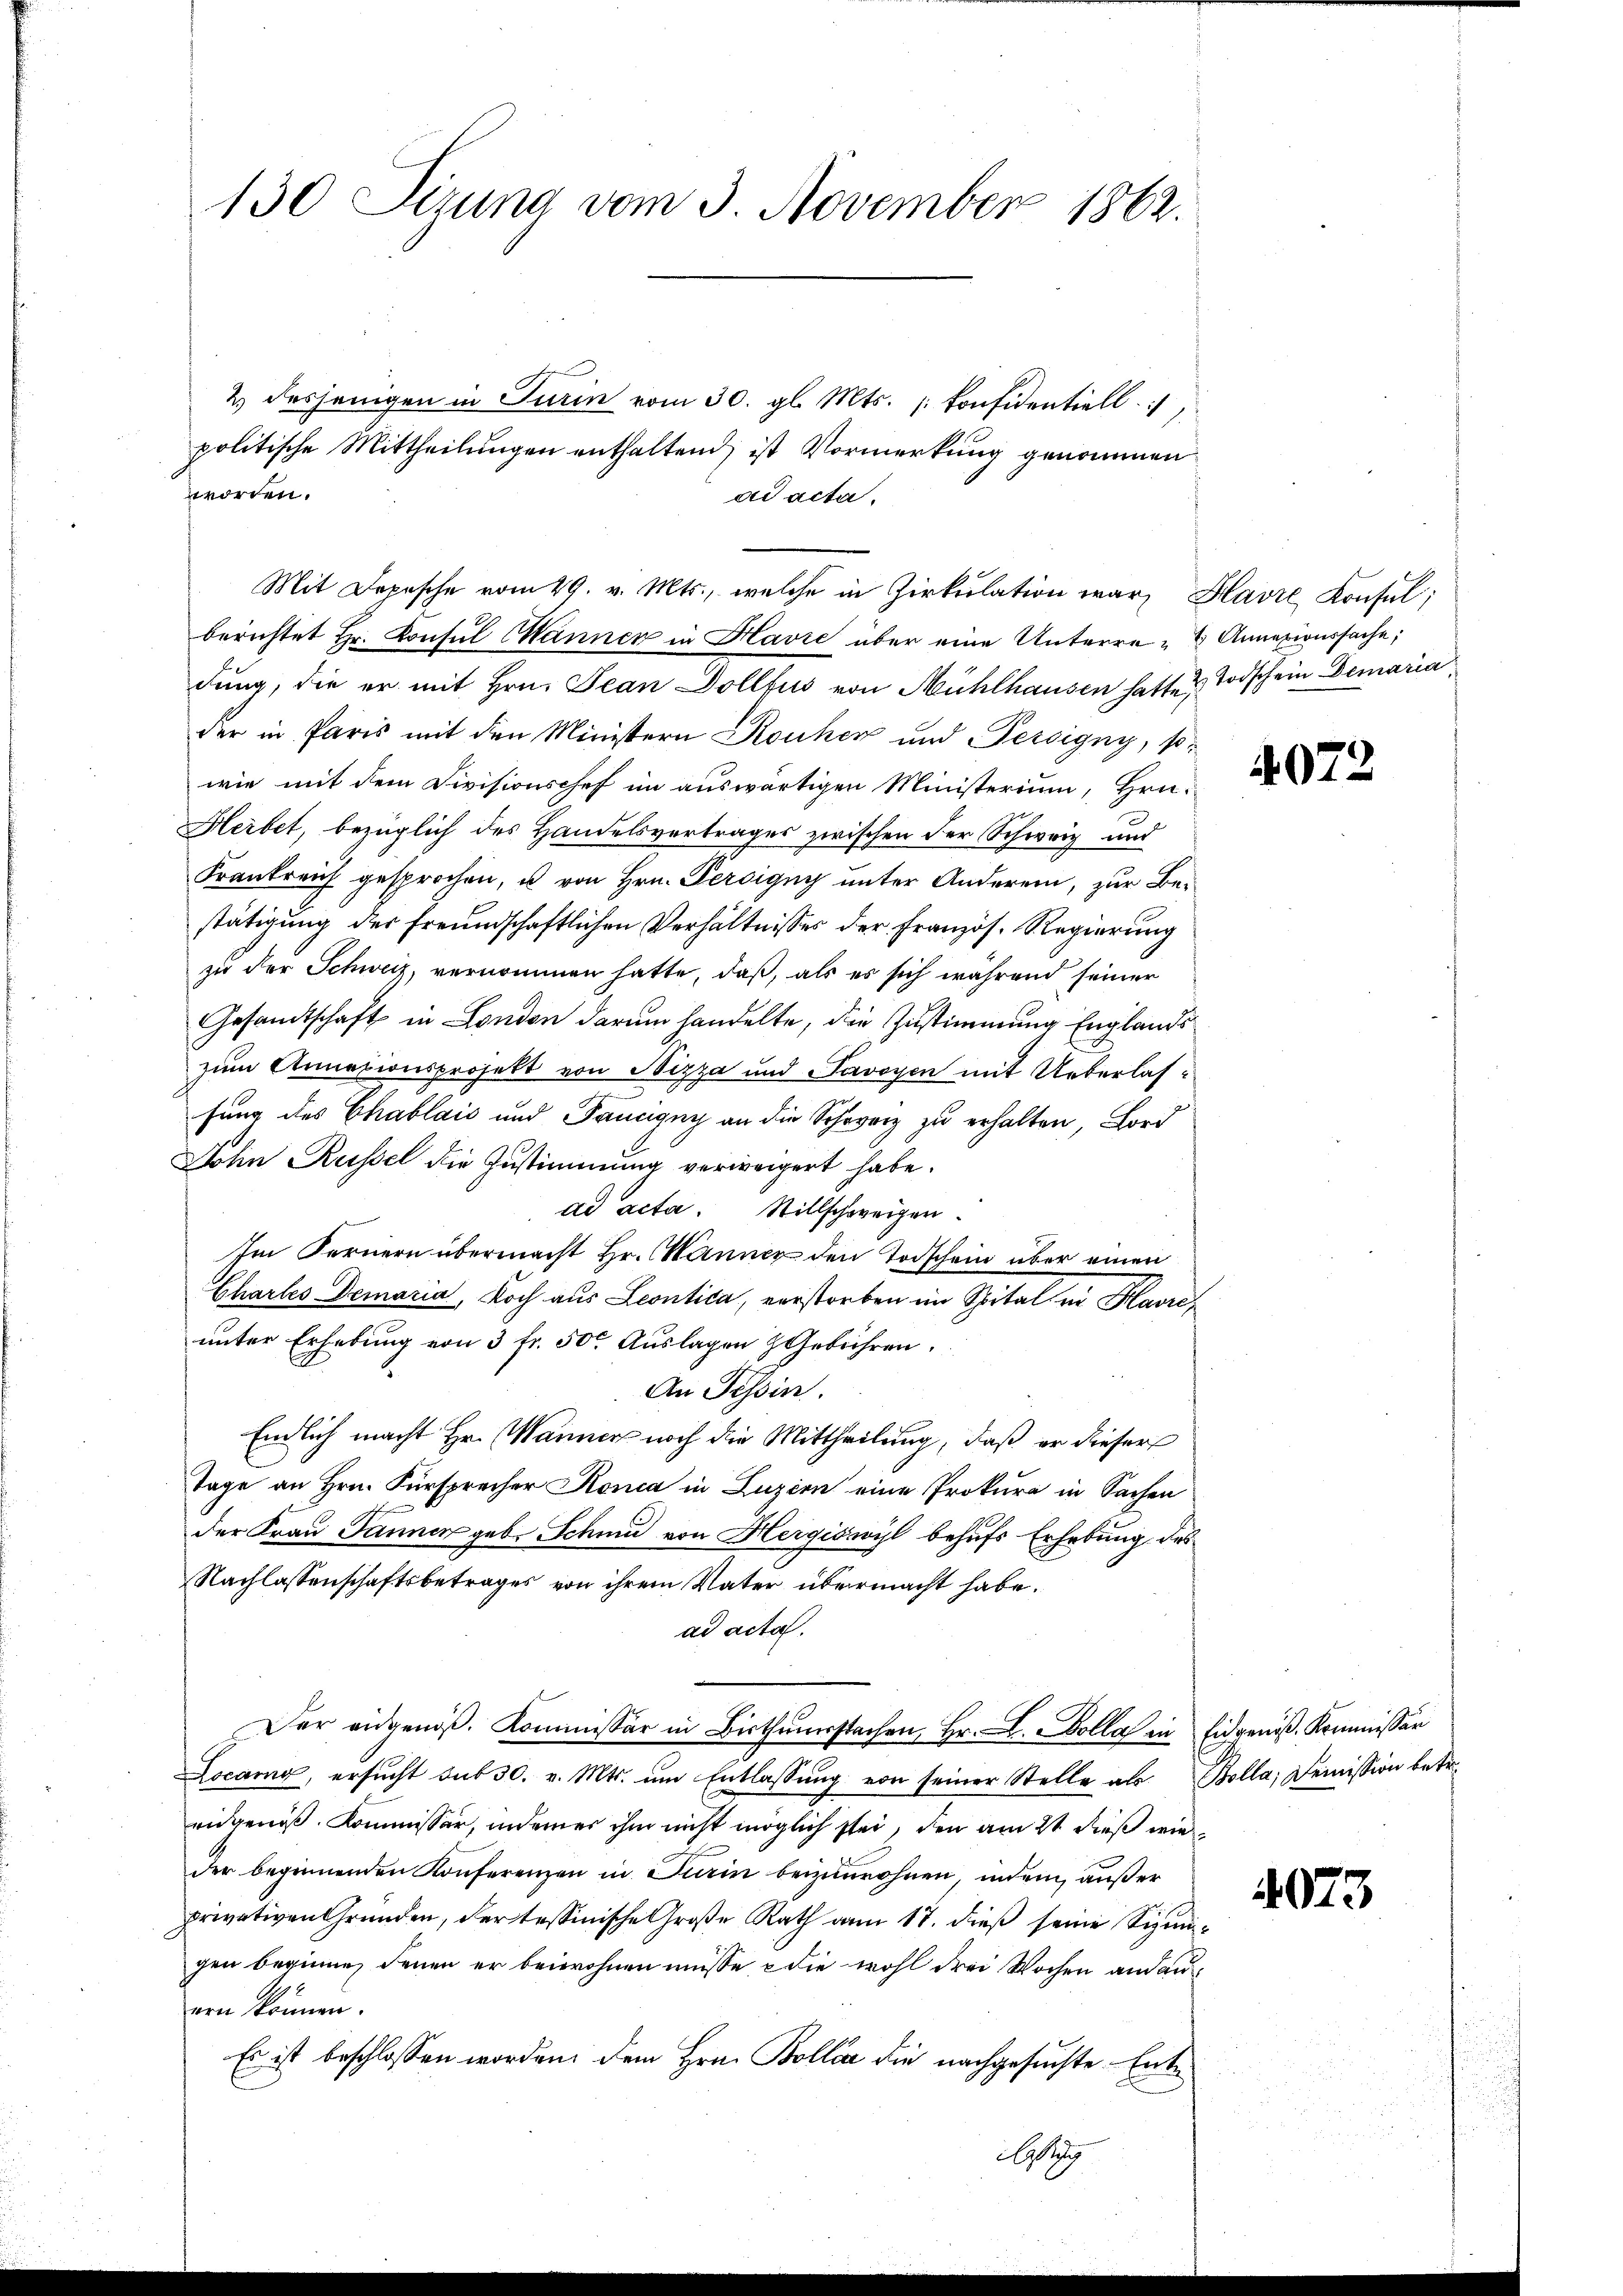
130 Seizung vom 3. November 1862.

2 desjenigen in Turin vom 30. gl. Mts. konfidentiell.
politische Mittheilungen enthaltend, ist Vormerkung genommen
worden.
ad acta.
Mit Depesche vom 29. v. Mts., welche in Zirkulation war, Havre Konsul,
berichtet Hr. Konsul Manner in Havre über eine Unterre - Annexioursache;
dung, die er mit Hrn. Jean Dollfus von Mühlhausen hatte u Todschein Demaria,
der in Paris mit den Ministern Kouher und Persigny, p
wie mit dem Divisionschef im auswärtigen Ministerium, Hrn.
Herbet, bezüglich des Handelsvertrages zwischen der Schweiz und
Frankreich gesprochen, u von Hrn. Persigny unter Anderen, zur Bestätigung des freundschaftlichen Verhältnisses der Französ. Regierung
zu der Schweiz, vernommen hatte, daß, als es sich während seiner
Gesamtschaft in London darum handelte, die Zustimmung Englands
zum Annazionsprojekt von Sizza und Savoyen mit Ueberlas¬
.
fung des Chablais und Banngny an die Schweiz zu erhalten, Lord
John Russel die Zustimmung verweigert habe.
ad acta. Stillschweigen.
Im Fernern übermacht Hr. Manner den Todschein über einen
Chartes Demaria, Koch aus Leontica, verstorben im Spital in Havre,
unter Erhebung von 3 fr. 50. Auslagen Gebühren.
An Tessin.
Einlich macht Hr. Wanner noch die Mittheilung, daß er dieser
Tage an Hrn. Fürsprecher Konia in Luzern eine Prokura in Sachen
der Frau Pannen geb. Schmid von Hergiswyl behufs Erhebung des
Nachlassenschaftsbetrages von ihrem Vater übermacht habe.
ad acta.
Der eidgenöβ. Kommissär in Bisthaŭsstechen, Hr. L. Colla in Eidgenös-Kommissär
Locarno, ersŭcht sub 30. v. Mts. ŭm Entlassŭng von seiner Stelle als Bolla, Demission betr.
eidgenöß. Kommissär, indemer ihm nicht möglich sei, den am 2t dieß wie
der beginnenden Konferenzen in Turin beizuwohnen, indem außer
privativen Gründen, der tessinische Große Rath am 17. dieβ seine Sizigen beginne, denen er beiwohnen müsse, e die wohl drei Wochen andan
ern können.
Es ist beschlossen worden, dem Hrn. Bollis die nachgesuchte Entlastung

4072

4073